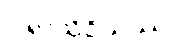
ပါရာသိဝိယဿ